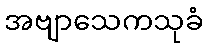
အဗျာသေကသုခံ